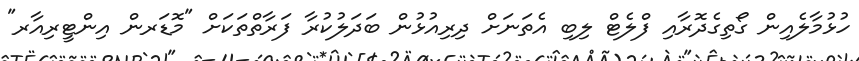
ހުޅުމާލެއިން ގޯތިގެދޮރާއި ފްލެޓް ލިބި އެތަނަށް ދިރިއުޅުން ބަދަލުކުރާ ފަރާތްތަކަށް "މޮޑަރން އިންޓީރިއާރ"